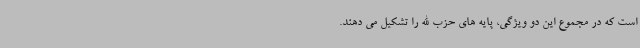
است که در مجموع این دو ویژگی، پایه های حزب الله را تشکیل می دهند.